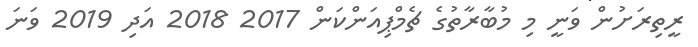
ރީތިރަށުން ވަނީ މި މުބާރާތުގެ ޗެމްޕިއަންކަން 2017 2018 އަދި 2019 ވަނަ